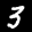
Label: 3